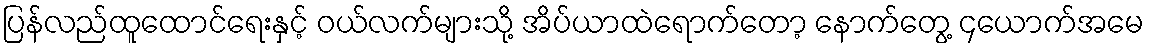
ပြန်လည်ထူထောင်ရေးနှင့် ဝယ်လက်များသို့ အိပ်ယာထဲရောက်တော့ နောက်တွေ့ ၄ယောက်အမေ